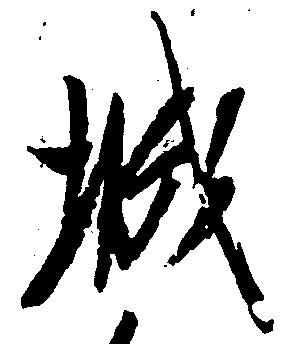
城